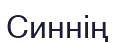
Синнің